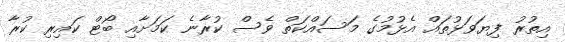
އިތުރު ފިޔަވަޅުތައް އެޅުމުގެ މަސައްކަތް ވެސް ކުރާނެ ކަމަށާއި ބޯޓް ކައިރި ކުރާ